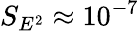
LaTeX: S_{E^{2}}\approx 10^{-7}